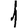
Digit: 1